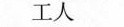
工人